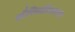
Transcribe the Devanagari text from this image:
स्टैफिलोकाकस